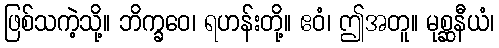
ဖြစ်သကဲ့သို့။ ဘိက္ခဝေ၊ ရဟန်းတို့။ ဧဝံ၊ ဤအတူ။ မုစ္ဆနီယံ၊